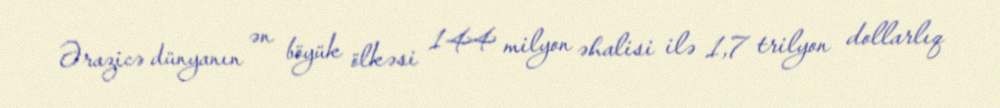
Ərazicə dünyanın ən böyük ölkəsi 144 milyon əhalisi ilə 1,7 trilyon dollarlıq